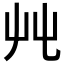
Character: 𡴂